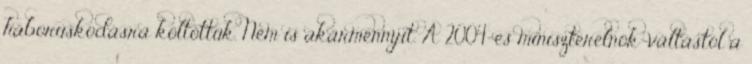
háborúskodásra költöttük. Nem is akármennyit. A 2004-es miniszterelnök-váltástól a